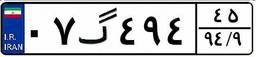
۲۲گ۷۴۷۱۲